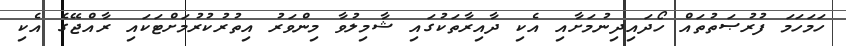
ހަމަހަމަ ފުރުޞަތުތައް ހޯދައިދިނުމަށާއި އެކި ދާއިރާތަކުގައި ޝާމިލުވާ މިންވަރު އިތުރުކުރުމަށްޓަކައި ރާއްޖޭގެ އެކި